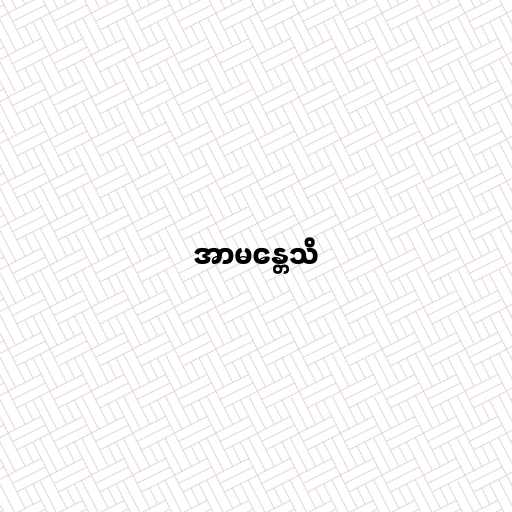
အာမန္တေသိ